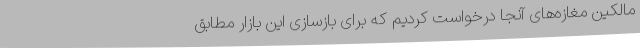
مالکین مغازه‌های آنجا درخواست کردیم که برای بازسازی این بازار مطابق